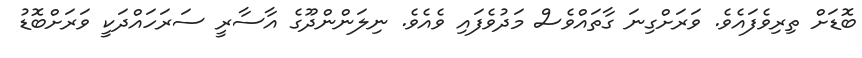
ބޮޑަށް ތިރިވެފައެވެ. ވަރަށްގިނަ ގާތައްވެސް މަދުވެފައި ވެއެވެ. ނިލަންންދޫގެ އާސާރީ ސަރަހައްދަކީ ވަރަށްބޮޑު